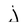
Character: j